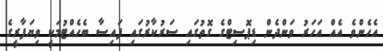
އެހެންވެ އެއް އަހަރު ވަންދެން ޑިޕޮސިޓްގެ ގޮތުގައި ސަރުކާރުގައި ފައިސާ ބެހެއްޓުމަކީ ވިޔަފާރީގެ